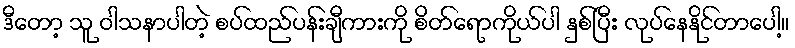
ဒီတော့ သူ ဝါသနာပါတဲ့ စပ်ထည်ပန်းချီကားကို စိတ်ရောကိုယ်ပါ နှစ်ပြီး လုပ်နေနိုင်တာပေါ့။